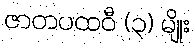
ဇာတပထဝီ (၃) မျိုး